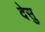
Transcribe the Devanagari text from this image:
देसु